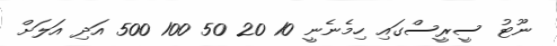
ނޫޓު ސީރީސްގައި ހިމެނެނީ 10 20 50 100 500 އަދި އަލަށް